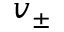
v _ { \pm }